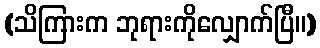
(သိကြားက ဘုရားကိုလျှောက်ပြီ။)